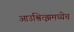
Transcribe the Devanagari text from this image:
आउश्वित्झमध्येच